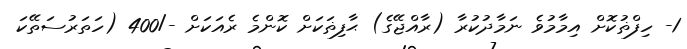
1- ހިފްޡުކޮށް އިމާމުވެ ނަމާދުކުރާ (ރާއްޖޭގެ) ޙާފިޡަކަށް ކޮންމެ ރެއަކަށް -/400 (ހަތަރުސަތޭކަ